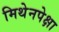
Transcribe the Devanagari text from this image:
मिथेनपेक्षा